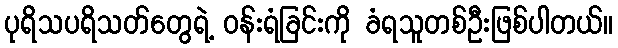
ပုရိသပရိသတ်တွေရဲ့ ဝန်းရံခြင်းကို ခံရသူတစ်ဦးဖြစ်ပါတယ်။